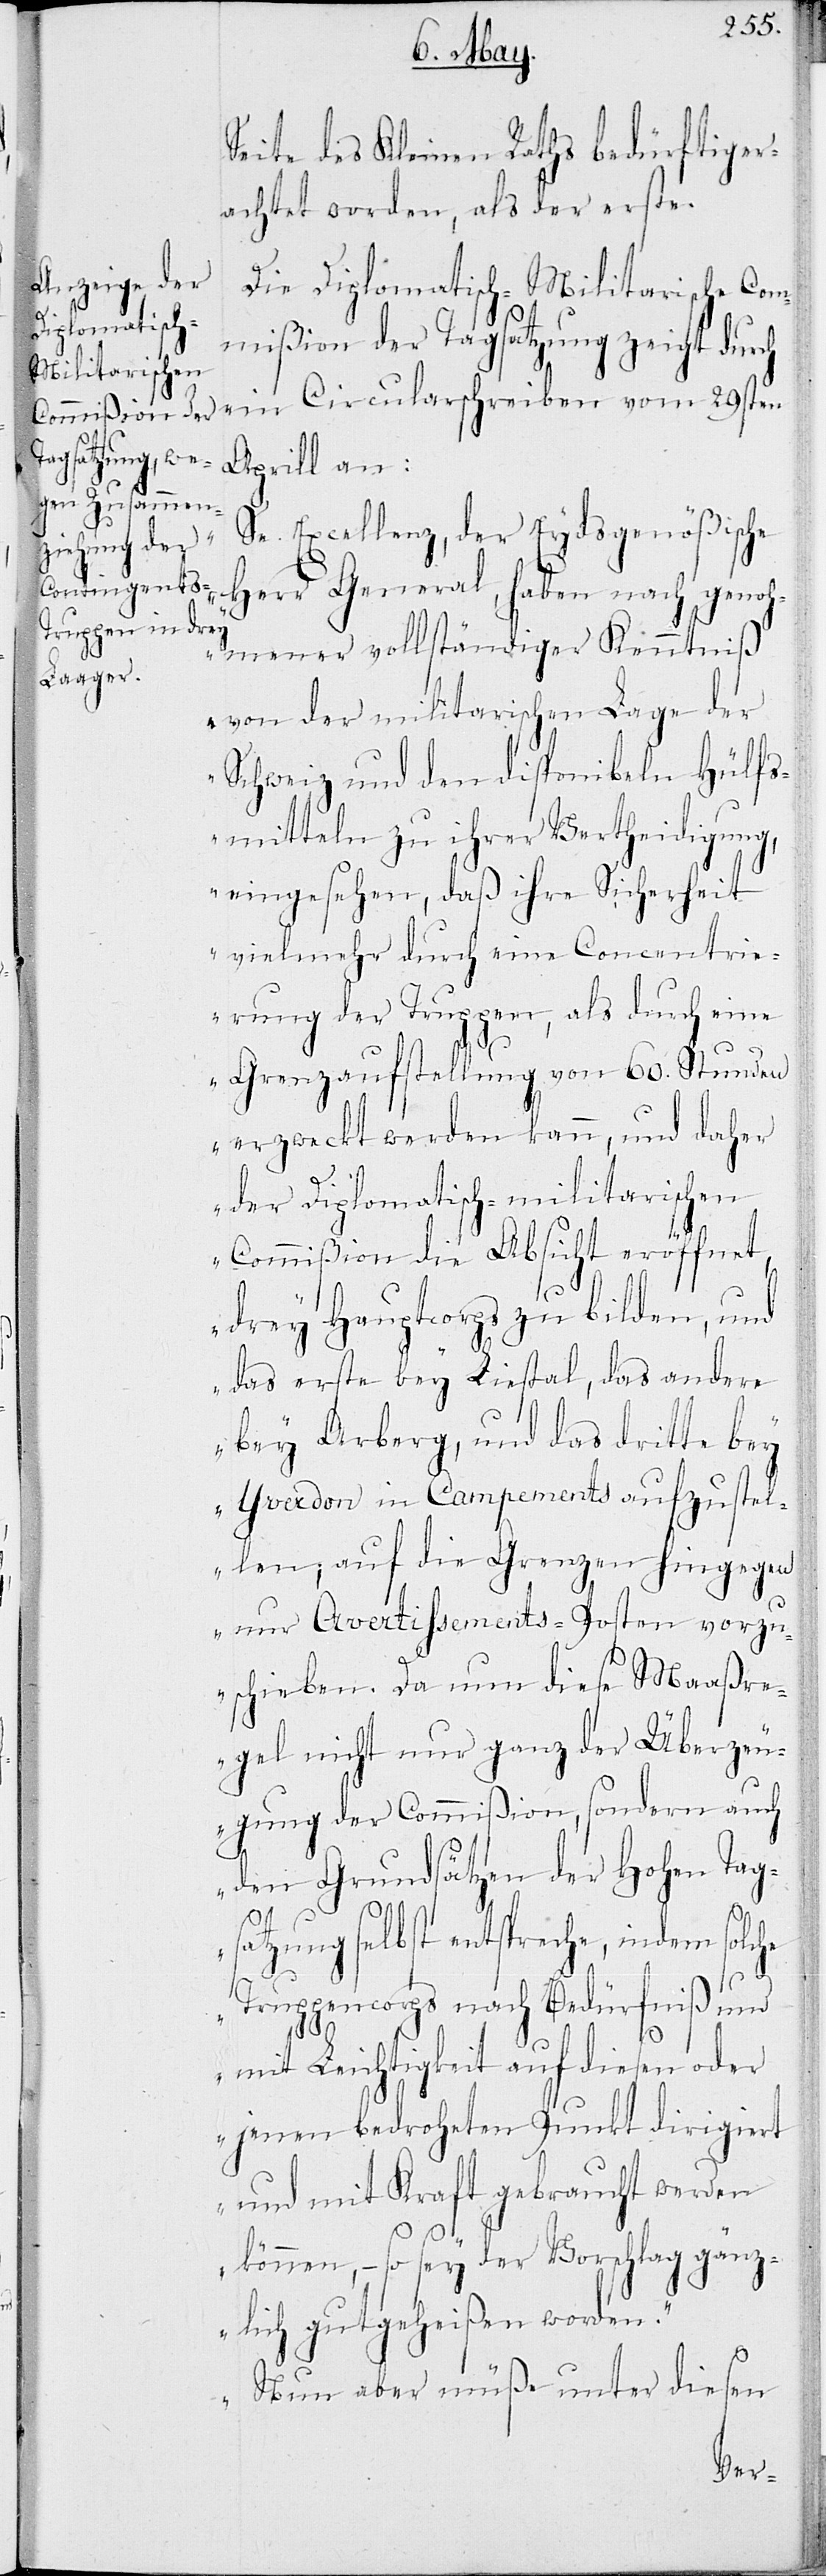
Seite des Kleinen Raths bedürftig er¬
achtet worden, als der erste.
Die Diplomatisch-Militarische Com¬
mißion der Tagsatzung zeigt durch
ein Circularschreiben vom 29sten
Aprill an:
„Se. Excellenz, der Eydsgenößische
Herr General, haben nach genoh¬
mener vollständiger Kenntniß
von der militarischen Lage der
Schweiz und den disponibeln Hülfs¬
mitteln zu ihrer Vertheidigung,
eingesehen, daß ihre Sicherheit
viel mehr durch eine Concentri¬
erung der Truppen, als durch eine
Grenzaufstellung von 60. Stunden
erzweckt werden kann, und daher
der Diplomatisch-Militarischen
Commißion die Absicht eröffnet,
drey Hauptcorps zu bilden, und
das erste bey Liestal, das andere
bey Arberg, und das dritte bey
Yverdon in Campements aufzustel¬
len; auf die Grenzen hingegen
nur Avertissements-Posten vorzu¬
schieben. Da nun diese Maaßre¬
gel nicht nur ganz der Überzeu¬
gung der Commißion, sondern auch
den Grundsätzen der Hohen Tags¬
atzung selbst entspreche, indem solche
Truppencorps nach Bedürfniß und
mit Leichtigkeit auf diesen oder
jenen bedroheten Punkt dirigiert
und mit Kraft gebraucht werden
können, – so sey der Vorschlag gänz¬
lich gutgeheißen worden.
Nun aber müße unter diesen